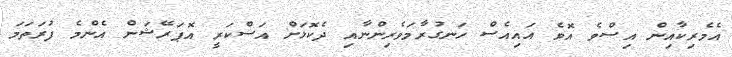
އެމެރިކާއިން އިސްވެ އޮވެ އައިއެސް ހަނގުރާމަވެރިންނާއި ދެކޮޅަށް އަސްކަރީ އޮޕަރޭޝަން އެންމެ ފުރަތަމަ